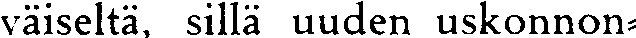
väiseltä, sillä uuden uskonnon-